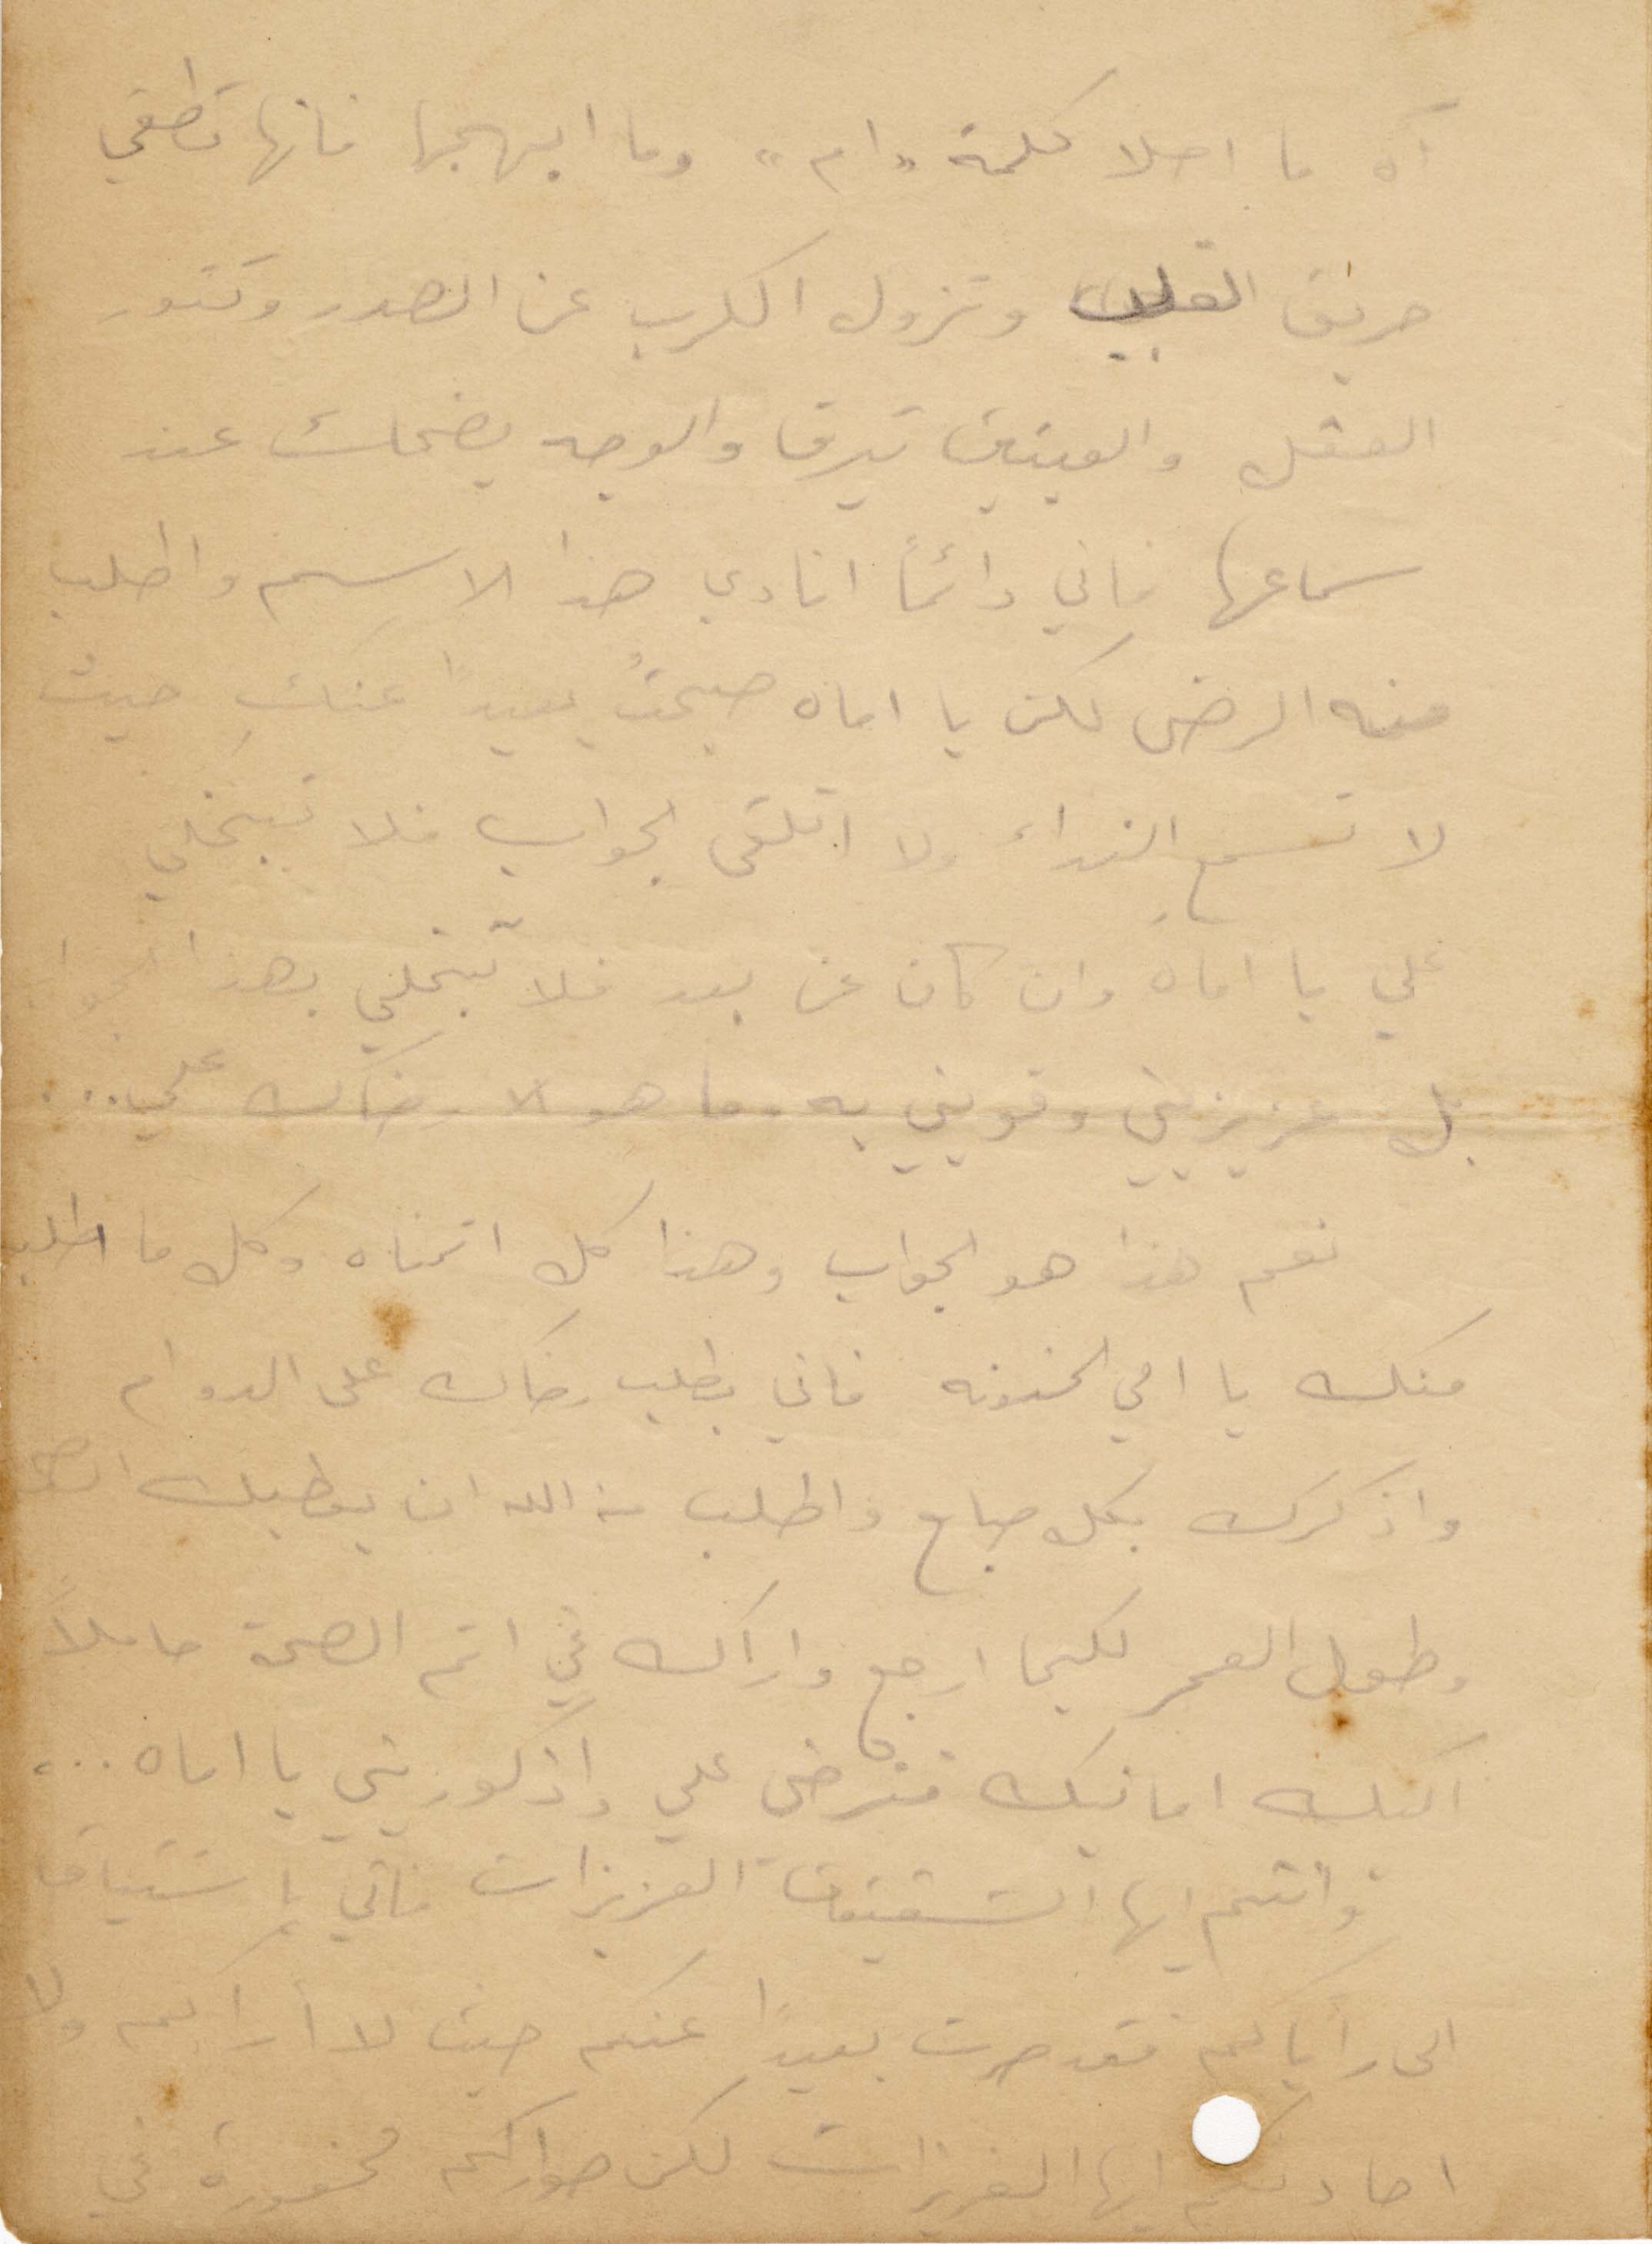
آه ما احلى كلمة "ام" وما ابهاها فانها تطفي
حريق القلب وتزول الكرب عن الصدر وتنور
العقل والعينين تبرق والوجه يضحك عند
سماعها فإني دائمًأ انادي هذا الاسم واطلب
منه الرضى لكن يا اماه صبحت بعيدًا عند حيث
لا تسمع النداء ولا اتلقى الجواب فلا تبخلي
علي يا اماه وان كان عن بعد لا تبخلي بهذا الجواب.
بل عزيزيني وقويني به. ما هو الا رضاك علي
نعم هذا هو الجواب وهذا كل اتمناه وكل ما اطلب
منك يا امي الحنونه فاني بطلب رضاك على الدوام
واذكرك بكل صباح واطلب من الله ان يعطيك الصحة
طول العمر لكيما ارجع واراك في اتم الصحة حاملًا
اليك امانك فترضى على واذكوريني يا اماه...
وانتم أيها الشقيقات العزيزات فاني باشتياق
الى رأياكم فقد صرت بعيدًا عنكم حيث لا اراكم ولا
اصادفكم أيها العزيزات لكن صواركم محفورة في